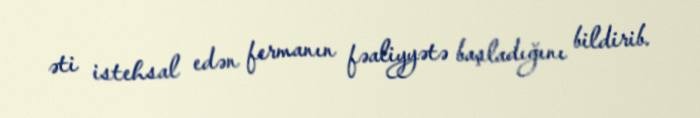
əti istehsal edən fermanın fəaliyyətə başladığını bildirib.